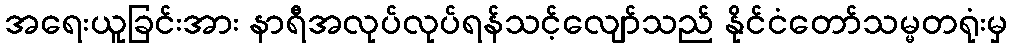
အရေးယူခြင်းအား နာရီအလုပ်လုပ်ရန်သင့်လျော်သည် နိုင်ငံတော်သမ္မတရုံးမှ